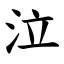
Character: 泣